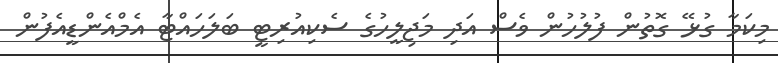
މިކަމާ ގުޅޭ ގޮތުން ފުލުހުން ވެސް އަދި މަޖިލީހުގެ ސެކިއުރިޓީ ބަލަހައްޓާ އެމްއެންޑީއެފުން